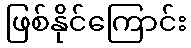
ဖြစ်နိုင်ကြောင်း